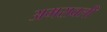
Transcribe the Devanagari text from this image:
अमरावली